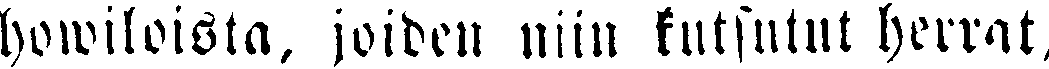
howiloista, joideu niin kutsutut herrat,